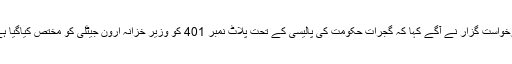
درخواست گزار نے آگے کہا کہ گجرات حکومت کی پالیسی کے تحت پلاٹ نمبر 401 کو وزیر خزانہ ارون جیٹلی کو مختص کیاگیا ہے۔